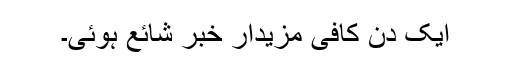
ایک دن کافی مزیدار خبر شائع ہوئی۔